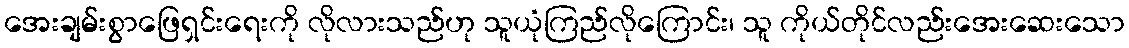
အေးချမ်းစွာဖြေရှင်းရေးကို လိုလားသည်ဟု သူယုံကြည်လိုကြောင်း၊ သူ ကိုယ်တိုင်လည်းအေးဆေးသော